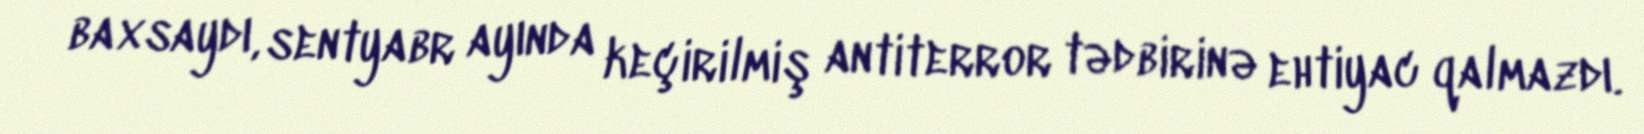
baxsaydı, sentyabr ayında keçirilmiş antiterror tədbirinə ehtiyac qalmazdı.